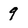
Character: 9